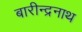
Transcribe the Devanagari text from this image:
बारीन्द्रनाथ